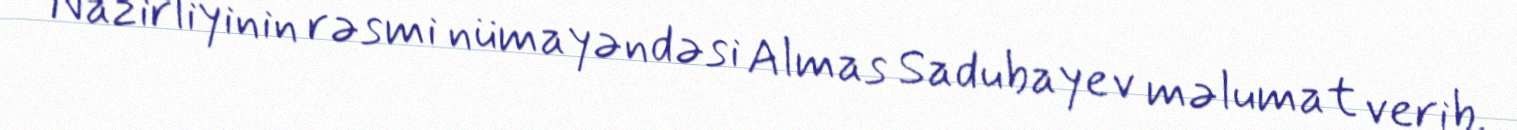
Nazirliyinin rəsmi nümayəndəsi Almas Sadubayev məlumat verib.